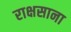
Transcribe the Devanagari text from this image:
राक्षसाना